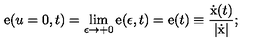
{ \mathrm { \boldmath e } } ( u = 0 , t ) = \lim _ { \epsilon \rightarrow + 0 } { \mathrm { \boldmath e } } ( \epsilon , t ) = { \mathrm { \boldmath e } } ( t ) \equiv \frac { \dot { \mathrm { \boldmath x } } ( t ) } { | \dot { \mathrm { \boldmath x } } | } ;